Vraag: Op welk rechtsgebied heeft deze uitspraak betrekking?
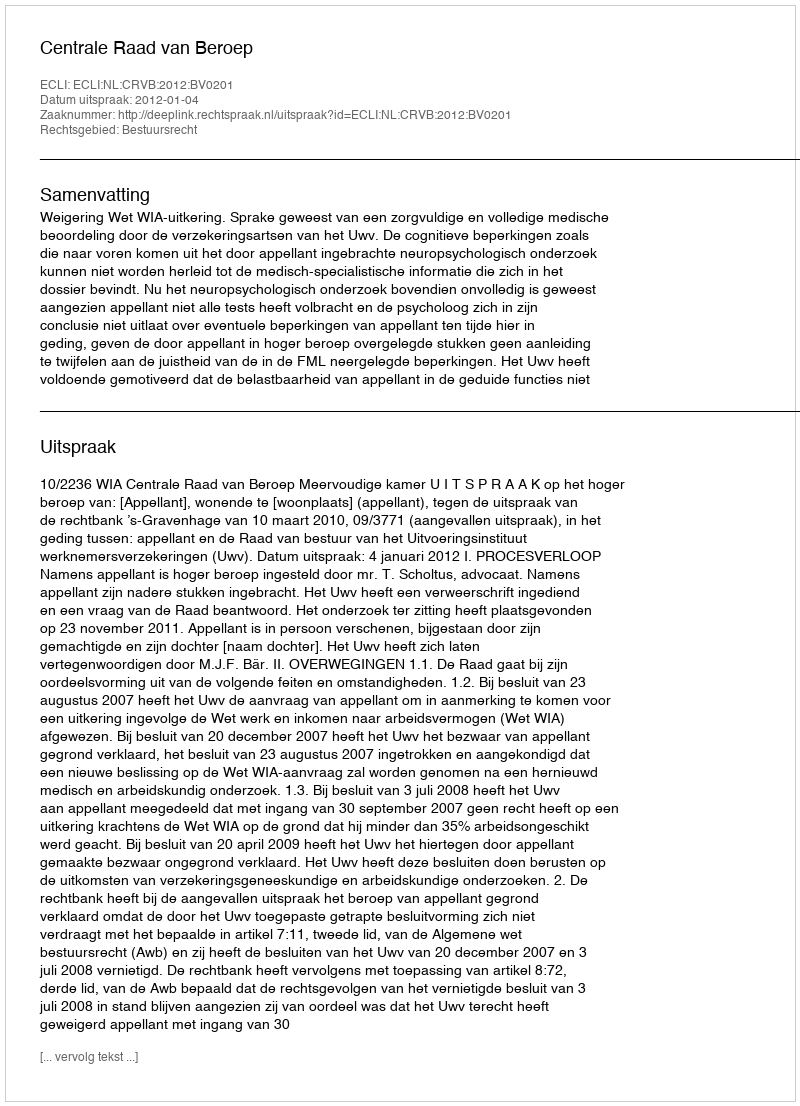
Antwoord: Bestuursrecht